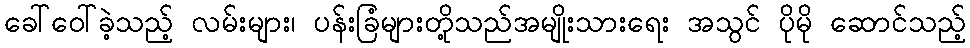
ခေါ်ဝေါ်ခဲ့သည့် လမ်းများ၊ ပန်းခြံများတို့သည်အမျိုးသားရေး အသွင် ပိုမို ဆောင်သည့်